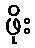
ဖိုး